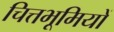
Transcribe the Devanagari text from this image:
चित्तभूमियों